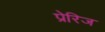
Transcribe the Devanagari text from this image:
प्रेरिज